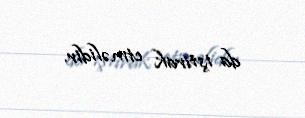
da iştirak etməlidir.